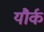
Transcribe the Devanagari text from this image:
यौर्क